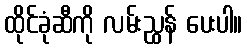
ထိုင်ခုံဆီကို လမ်းညွှန် ပေးပါ။